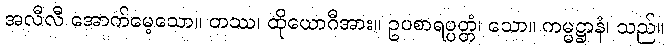
အလီလီ အောက်မေ့သော။ တဿ၊ ထိုယောဂီအား။ ဥပစာရပ္ပတ္တံ၊ သော။ ကမ္မဋ္ဌာနံ၊ သည်။